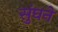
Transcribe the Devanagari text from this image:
सुंघने